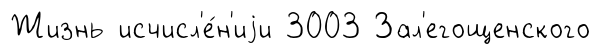
Жизнь исчисл'е́н'иjи 3003 Зал'егощенского